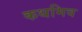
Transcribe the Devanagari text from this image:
कथमिव